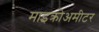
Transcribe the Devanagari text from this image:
माइक्रोअमीटर